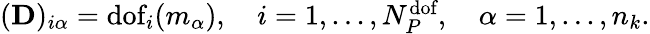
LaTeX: \begin{array}{r}{(\mathbf{D})_{i\alpha}=\textrm{dof}_{i}(m_{\alpha}),\quad i=1,...,N_{{P}}^{\textrm{dof}},\quad\alpha=1,...,n_{k}.}\end{array}